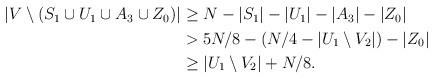
LaTeX: \begin{align*}\begin{aligned}|V\setminus (S_1\cup U_1\cup A_3\cup Z_0)|&\ge N-|S_1|-|U_1|-|A_3|-|Z_0|\\& > 5N/8-(N/4-|U_1\setminus V_2|)-|Z_0|\\&\ge |U_1\setminus V_2|+N/8.\end{aligned}\end{align*}